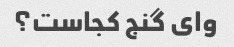
وای گنج کجاست؟